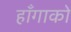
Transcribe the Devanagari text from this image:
हाँगाको